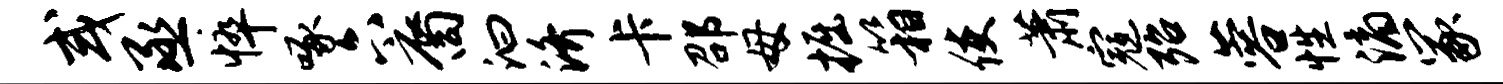
或丞悴啄六裔汩济卡邵母掘箱使萧寇殆蓉性滴冢